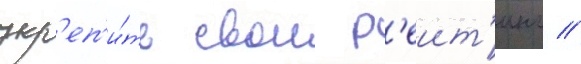
укр'еп'и́ть свои р'еит'инг //